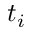
t _ { i }